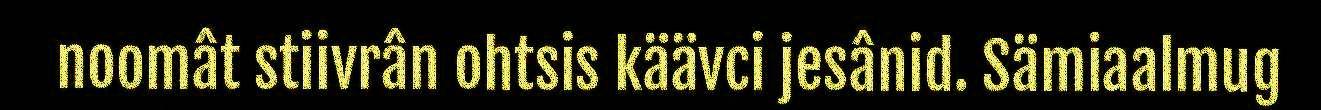
noomât stiivrân ohtsis käävci jesânid. Sämiaalmug